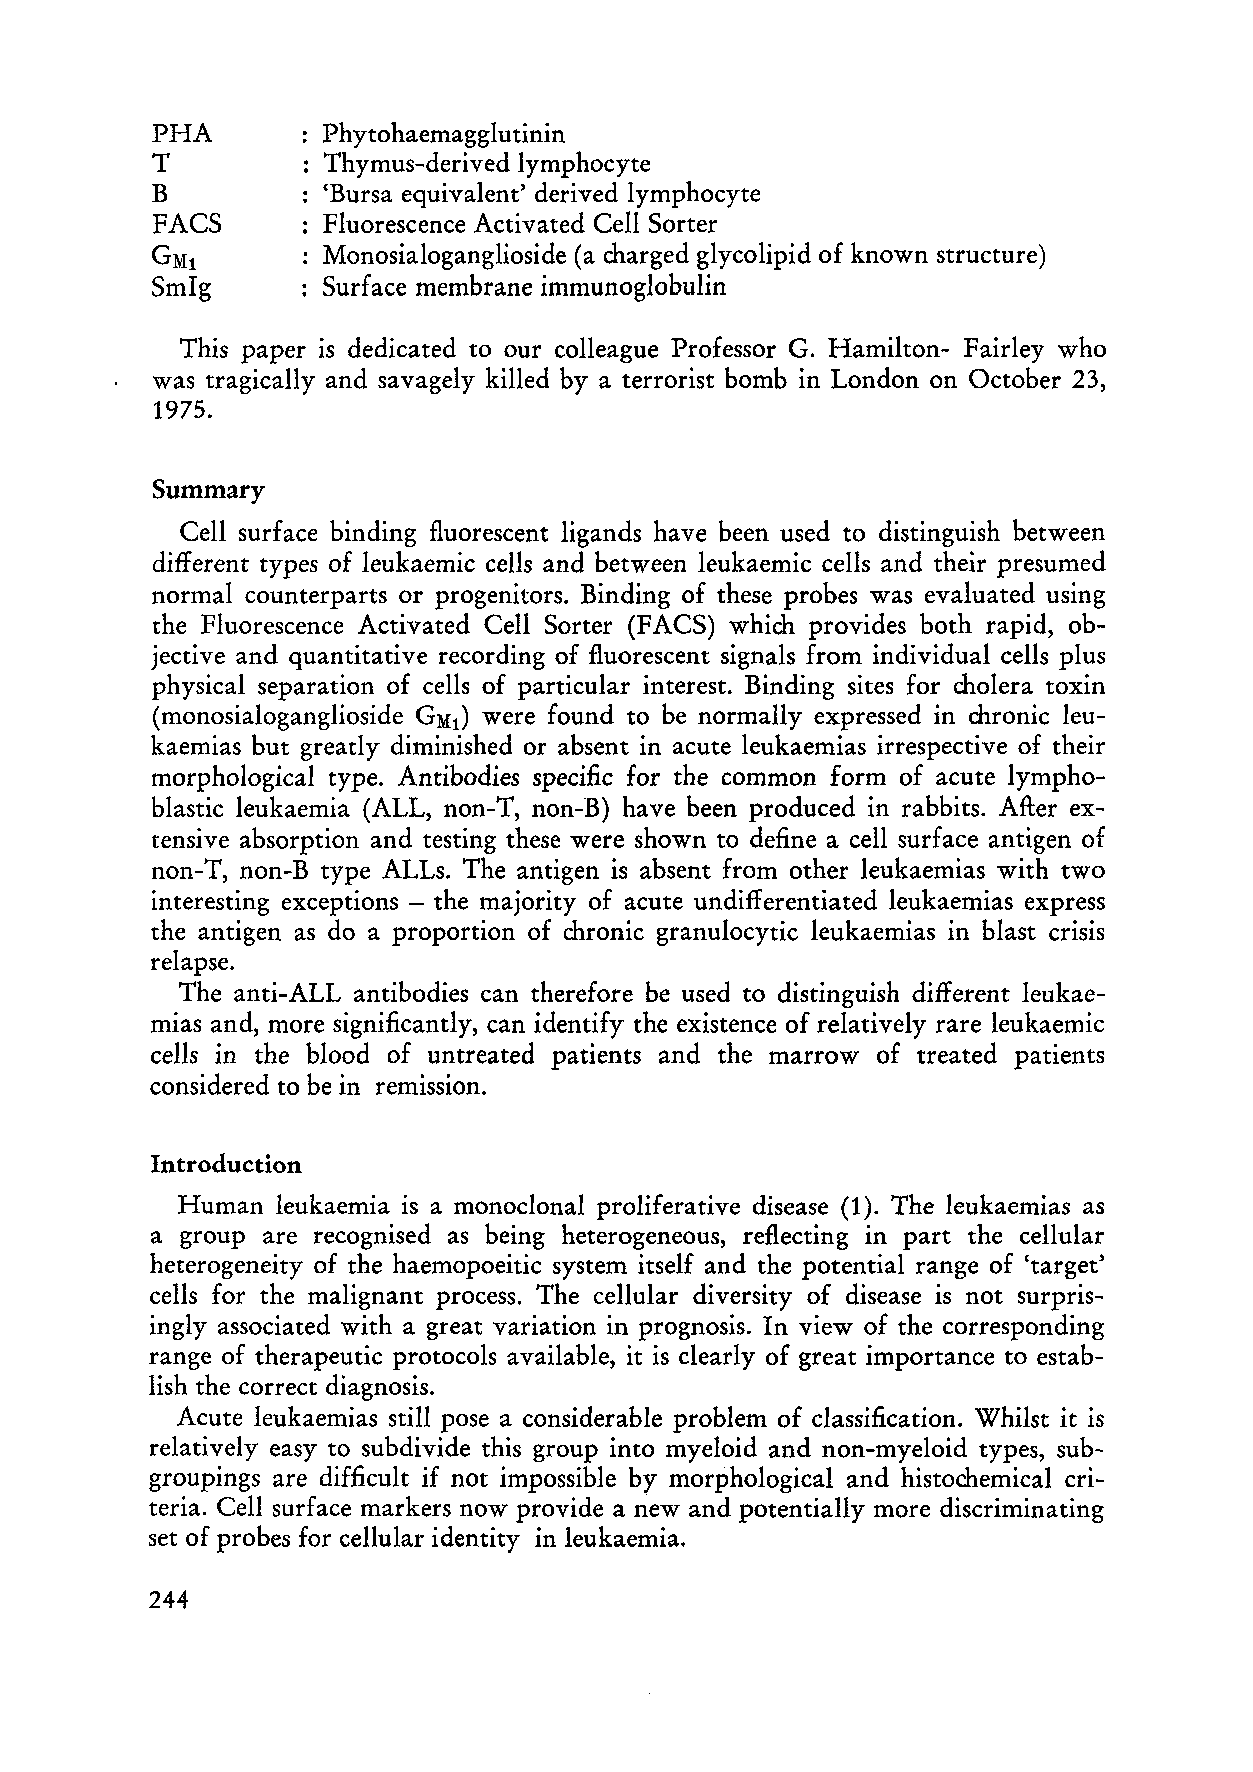
PHA       : Phytohaemagglutinin
 T           Thymus-derived lymphocyte
 B          'Bursa equivalent' derived lymphocyte
 FACS        Fluorescence Activated Cell Sorter
 GM1        Monosialoganglioside (a charged glycolipid of known structure)
 SmIg       Surface membrane immunoglobulin
 This paper is dedicated to our eolleague Professor G. Hamilton- Fairley who
 was tragically and savagely killed by a terrorist bomb in London on Oetober 23,
 1975.
 Summary
 Cell surfaee binding fluoreseent ligands have been used to distinguish between
 different types of leukaemic cells and between leukaemic cells and their presumed
 normal counterparts or progenitors. Binding of these probes was evaluated using
 the Fluorescence Activated Cell Sorter (FACS) which provides both rapid, ob
 jective and quantitative recording of fluorescent signals from individual cells plus
 physical separation of cells of particular interest. Binding sites for cholera toxin
 (monosialoganglioside GM1) were found to be normally expressed in chronic leu
 kaemias but greatly diminished or absent in acute leukaemias irrespective of their
 morphological type. Antibodies speeific for the eommon form of acute lympho
 blastie leukaemia (ALL, non-T, non-B) have been produced in rabbits. After ex
 tensive absorption and testing these were shown to define a cell surface antigen of
 non-T, non-B type ALLs. The antigen is absent from other leukaemias with two
 interesting exceptions - the majority of acute undifferentiated leukaemias express
 the antigen as do a proportion of chronic granulocytic leukaemias in blast crisis
 relapse.
 The anti-ALL antibodies can therefore be used to distinguish different leukae
 mias and, more significantly, can identify the existenee of relatively rare leukaemic
 cells in the blood of untreated patients and the marrow of treated patients
 considered to be in remISSIOn.
 Introduction
 Human leukaemia is a monoclonal proliferative disease (1). The leukaemias as
 a group are recognised as being heterogeneous, reflecting in part the cellular
 heterogeneity of the haemopoeitic system itself and the potential range of 'target'
 eells for the malignant proeess. The cellular diversity of disease is not surpris
 ingly associated with a great variation in prognosis. In view of the corresponding
 range of therapeutic protocols available, it is clearly of great importance to estab
 lish the correct diagnosis.
 Acute leukaemias still pose a considerable problem of classification. Whilst it is
 relatively easy to subdivide this group into myeloid and non-myeloid types, sub
 groupings are difficult if not impossible by morphological and histochemical cri
 teria. Cell surface markers now provide a new and potentially more discriminating
 set of probes for cellular identity in leukaemia.
 244